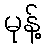
မုန့်